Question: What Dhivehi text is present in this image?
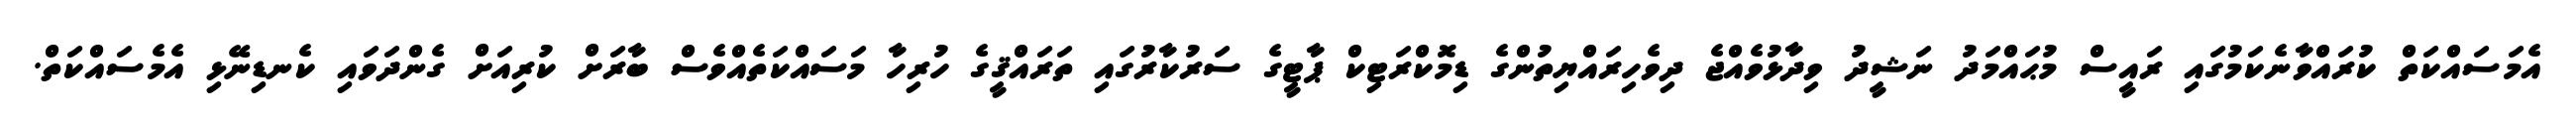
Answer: އެމަސައްކަތް ކުރައްވާނެކަމުގައި ރައީސް މުޙައްމަދު ނަޝީދު ވިދާޅުވެއްޖެ ދިވެހިރައްޔިތުންގެ ޑިމޮކްރަޓިކް ޕާޓީގެ ސަރުކާރުގައި ތަރައްޤީގެ ހުރިހާ މަސައްކަތެއްވެސް ބާރަށް ކުރިއަށް ގެންދަވައި ކެނޑިނޭޅި އެމެސައްކަތް.